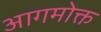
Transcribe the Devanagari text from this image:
आगमोक्त